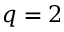
q = 2